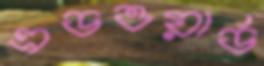
এডওয়ার্ড